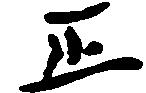
正